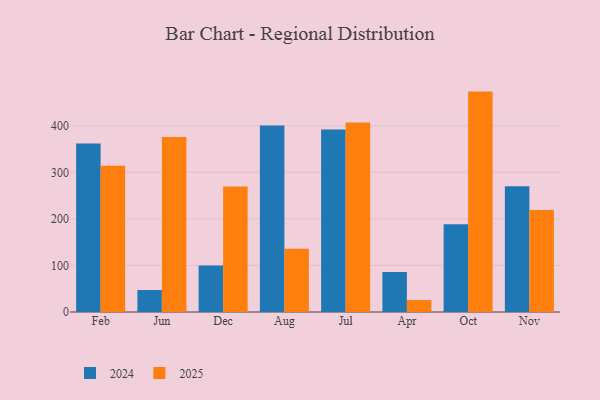
{"axis": {"x": "Month", "y": "Market Share (%)"}, "legend": ["2024", "2025"], "data": [{"x": "Feb", "y": 362.0, "type": "2024"}, {"x": "Feb", "y": 314.2, "type": "2025"}, {"x": "Jun", "y": 47.2, "type": "2024"}, {"x": "Jun", "y": 376.0, "type": "2025"}, {"x": "Dec", "y": 100.0, "type": "2024"}, {"x": "Dec", "y": 269.5, "type": "2025"}, {"x": "Aug", "y": 400.6, "type": "2024"}, {"x": "Aug", "y": 135.7, "type": "2025"}, {"x": "Jul", "y": 391.9, "type": "2024"}, {"x": "Jul", "y": 406.9, "type": "2025"}, {"x": "Apr", "y": 85.7, "type": "2024"}, {"x": "Apr", "y": 25.7, "type": "2025"}, {"x": "Oct", "y": 188.7, "type": "2024"}, {"x": "Oct", "y": 473.4, "type": "2025"}, {"x": "Nov", "y": 269.9, "type": "2024"}, {"x": "Nov", "y": 218.9, "type": "2025"}]}